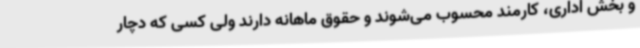
و بخش اداری، کارمند محسوب می‌شوند و حقوق ماهانه دارند ولی کسی که دچار